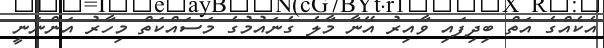
އެކެއްގެ އަތް ބިދިފައި ވާއިރު އޭނާ މާލެ ގެނައުމުގެ މަސައްކަތް މިހާރު އަންނަނީ